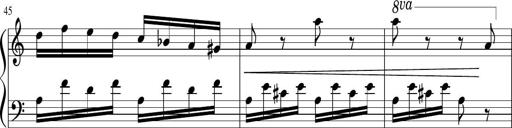
Title: Sonatina in G major
Composer: Friedrich Kuhlau
Key: G major